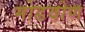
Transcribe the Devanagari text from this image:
मोडवोण